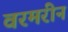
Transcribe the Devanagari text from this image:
वरमरीन